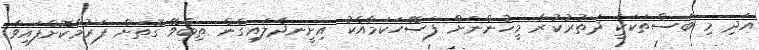
އަދި މި ބަސްތަކަކީ ދަތުރުކުރާ މީހުންނަށް ފަސޭހަކަމާއެކު އިށީނދެލައިގެން ތިބެވޭ ގޮތަށް ފަރުމާކޮށްފައިވާ